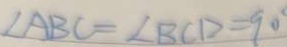
\angle A B C = \angle B C D = 9 0 ^ { \circ }